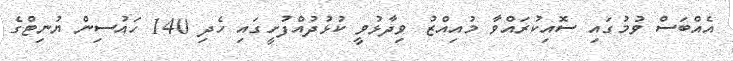
އެއްބަސް ވުމުގައި ސޮއިކުރައްވާ މުއިއްޒު ވިދާޅުވީ ކުޅުދުއްފުށީގައި ހެދި 140 ހައުސިން ޔުނިޓްގެ